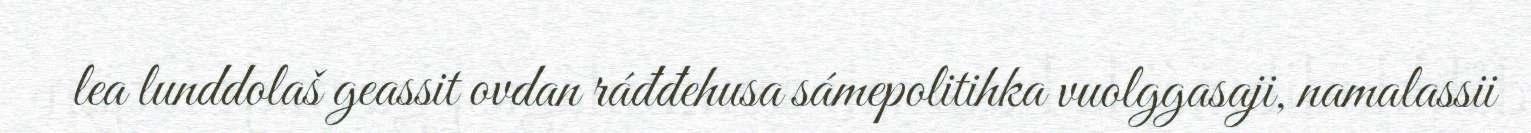
lea lunddolaš geassit ovdan ráđđehusa sámepolitihka vuolggasaji, namalassii